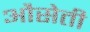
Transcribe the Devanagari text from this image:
औसेती